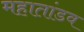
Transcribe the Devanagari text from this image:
महातांडव